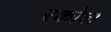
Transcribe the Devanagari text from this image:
रकोल